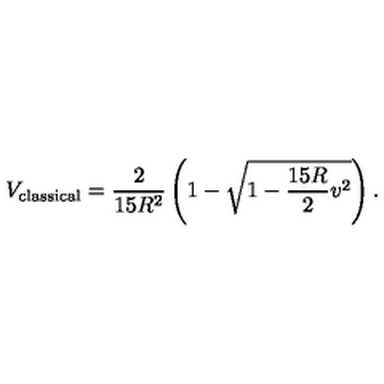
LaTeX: V _ { \mathrm { c l a s s i c a l } } = \frac { 2 } { 1 5 R ^ { 2 } } \left( 1 - \sqrt { 1 - \frac { 1 5 R } { 2 } v ^ { 2 } } \right) .